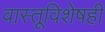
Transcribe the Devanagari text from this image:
वास्तूविशेषही